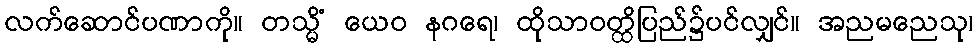
လက်ဆောင်ပဏာကို။ တသ္မိံ ယေဝ နဂရေ၊ ထိုသာဝတ္ထိပြည်၌ပင်လျှင်။ အညမညေသု၊